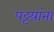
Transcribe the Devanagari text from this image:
पट्टयांना